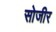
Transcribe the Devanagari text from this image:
सोजीर